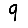
Digit: 9